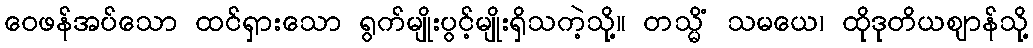
ဝေဖန်အပ်သော ထင်ရှားသော ရွက်မျိုးပွင့်မျိုးရှိသကဲ့သို့။ တသ္မိံ သမယေ၊ ထိုဒုတိယဈာန်သို့